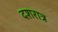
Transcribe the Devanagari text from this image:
दशरात्र